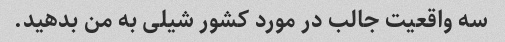
سه واقعیت جالب در مورد کشور شیلی به من بدهید.